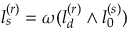
l _ { s } ^ { ( r ) } = \omega ( l _ { d } ^ { ( r ) } \wedge l _ { 0 } ^ { ( s ) } )